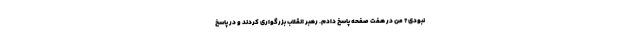
نبودی؟ من در هفت صفحه پاسخ دادم. رهبر انقلاب بزرگواری کردند و در پاسخ